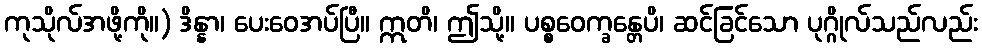
ကုသိုလ်အဖို့ကို။) ဒိန္နာ၊ ပေးဝေအပ်ပြီ။ ဣတိ၊ ဤသို့။ ပစ္စဝေက္ခန္တေပိ၊ ဆင်ခြင်သော ပုဂ္ဂိုလ်သည်လည်း